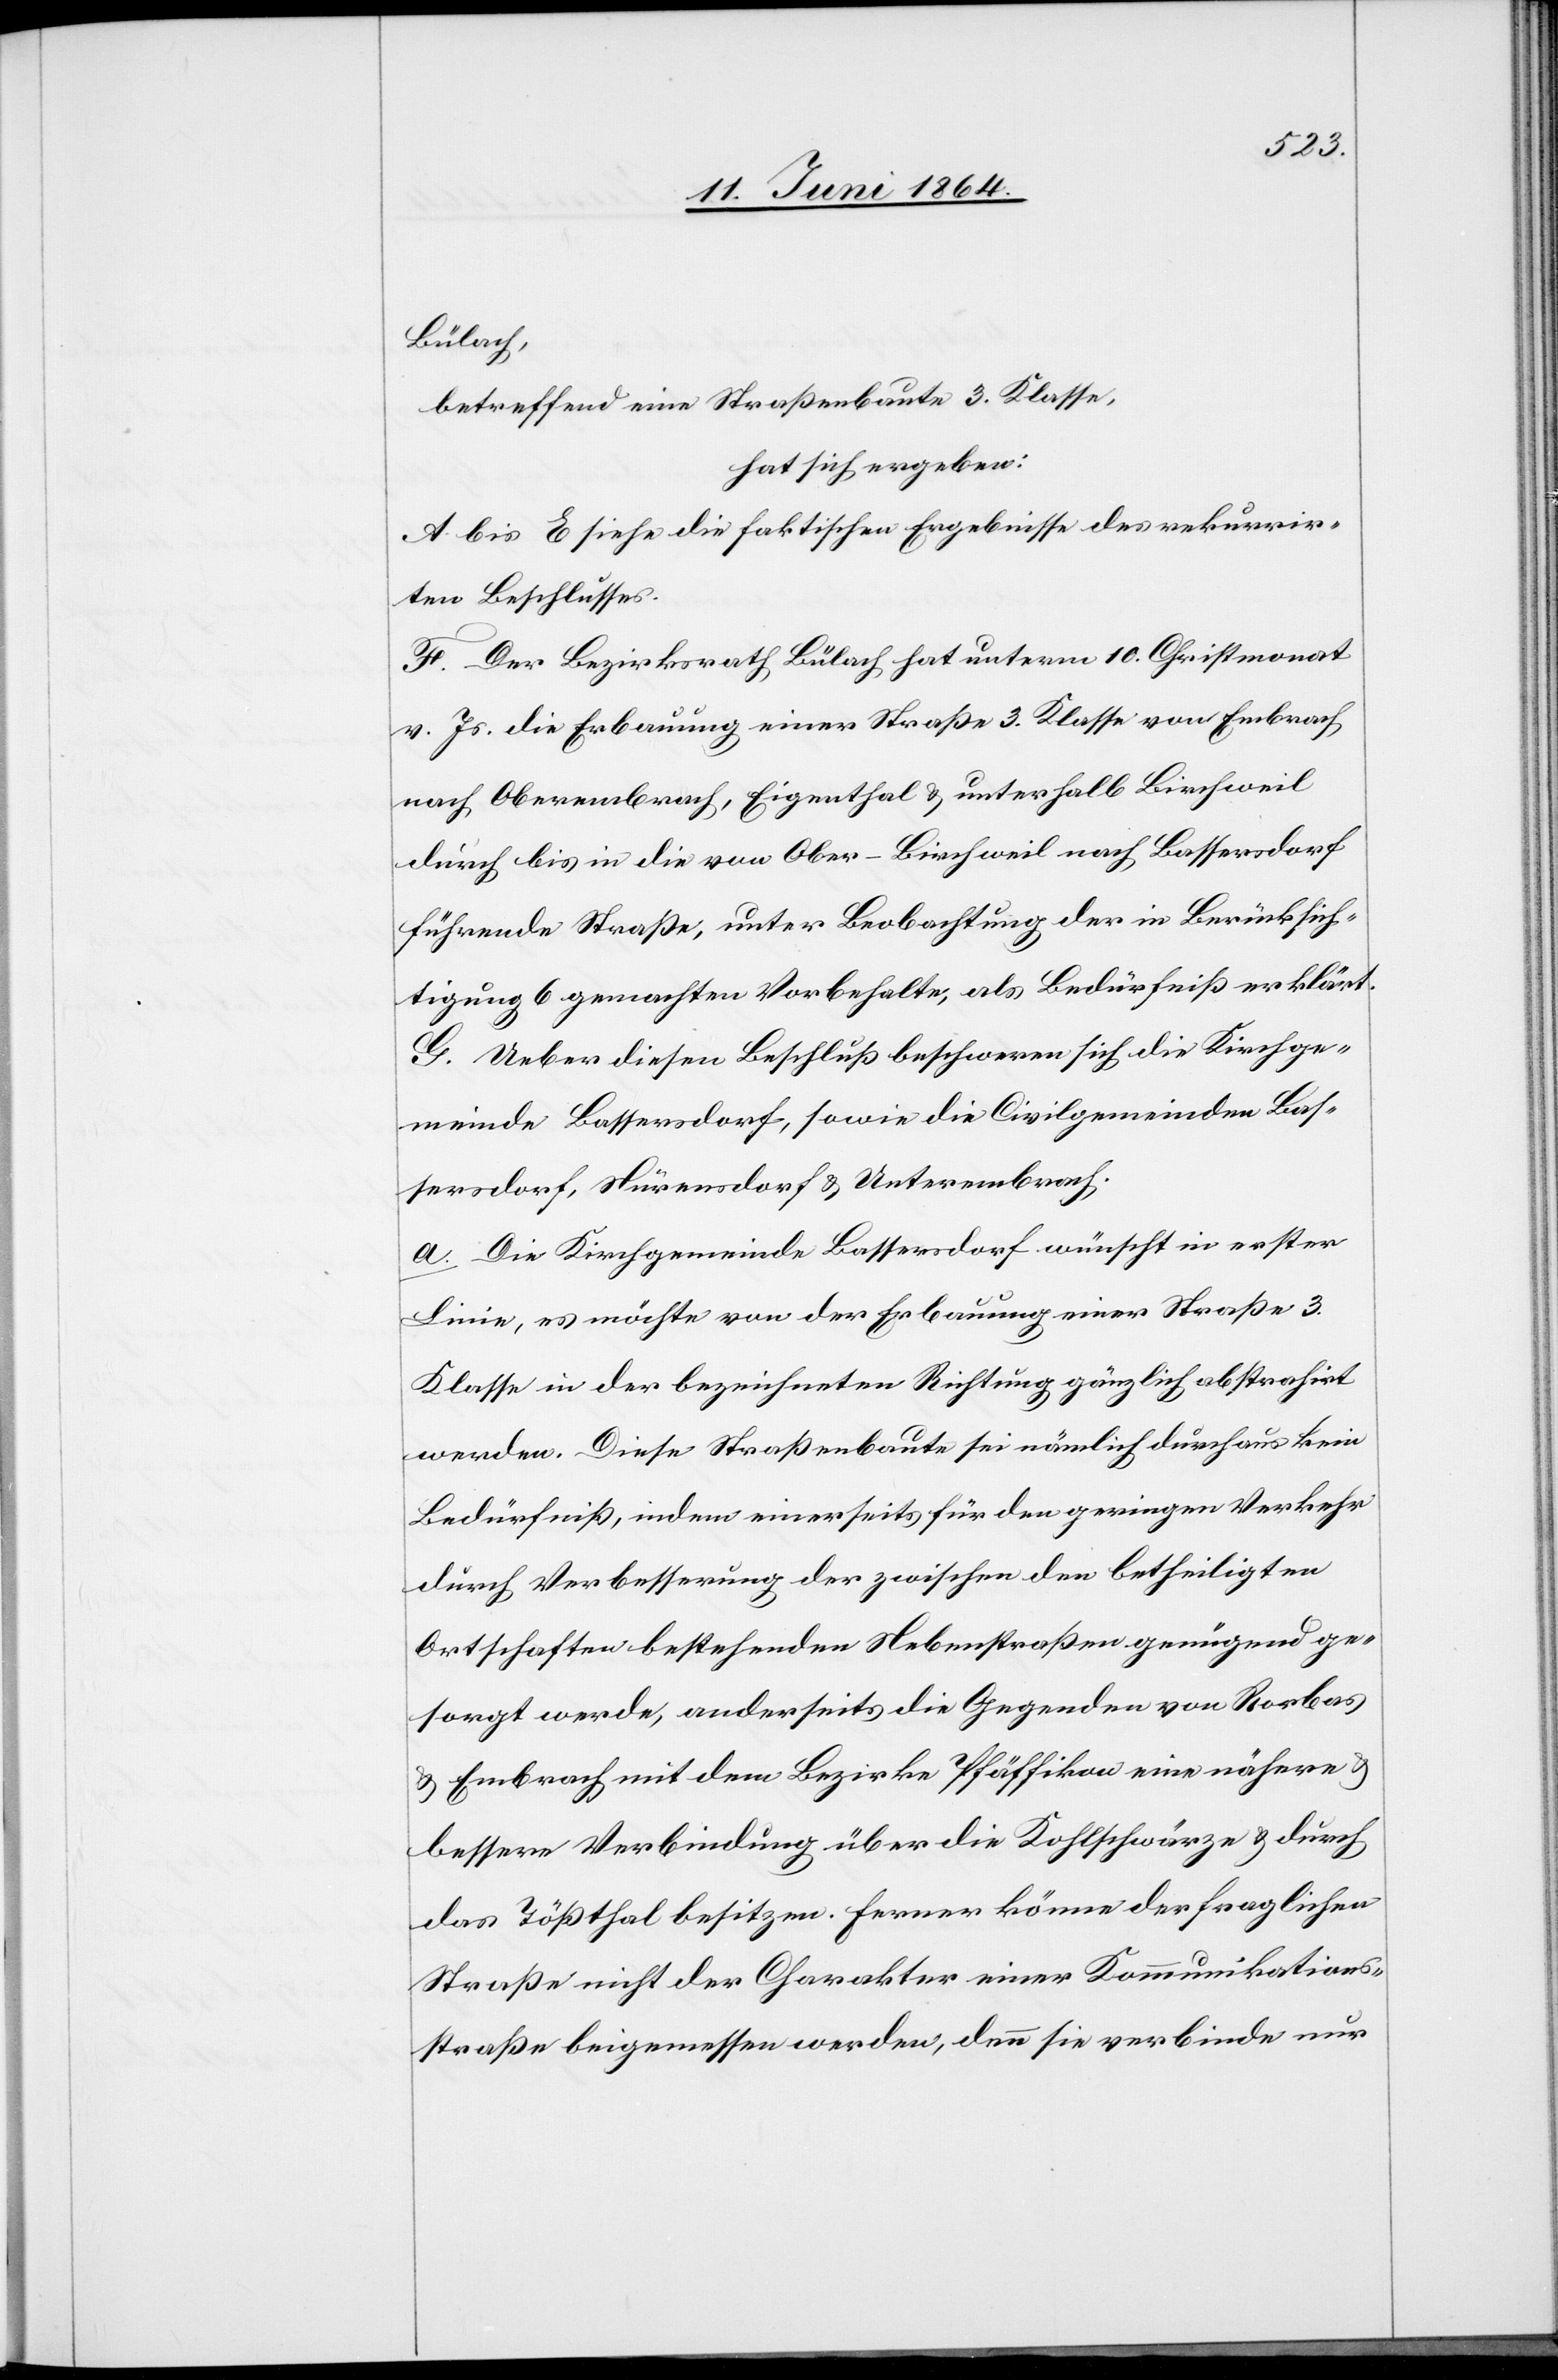
Bülach,
betreffend eine Straßenbaute 3. Klasse,
hat sich ergeben:
A. bis E siehe die faktischen Ergebnisse des rekurrir¬
ten Beschlusses.
F. Der Bezirksrath Bülach hat unterm 10. Christmonat
v. Js. die Erbauung einer Straße 3. Klasse von Embrach
nach Oberembrach, Eigenthal u. unterhalb Birchweil
durch bis in die von Ober-Birchweil nach Bassersdorf
führende Straße, unter Beobachtung der in Berücksich¬
tigung 6 gemachten Vorbehalte, als Bedürfniß erklärt.
G. Ueber diesen Beschluß beschweren sich die Kirchge¬
meinde Bassersdorf, sowie die Civilgemeinden Bas¬
sersdorf, Nürensdorf u. Unterembrach.
a. Die Kirchgemeinde Bassersdorf wünscht in erster
Linie, es möchte von der Erbauung einer Straße 3.
Klasse in der bezeichneten Richtung gänzlich abstrahirt
werden. Diese Straßenbaute sei nämlich durchaus kein
Bedürfniß, indem einerseits für den geringen Verkehr
durch Verbesserung der zwischen den betheiligten
Ortschaften bestehenden Nebenstraßen genügend ge¬
sorgt werde, anderseits die Gegenden von Rorbas
u. Embrach, mit dem Bezirke Pfäffikon eine nähere
bessere Verbindung über die Kohlschwärze u. durch
das Tößthal besitzen. Ferner könne der fraglichen
Straße nicht der Charakter einer Kommunikations¬
straße beigemessen werden, denn sie verbinde nur